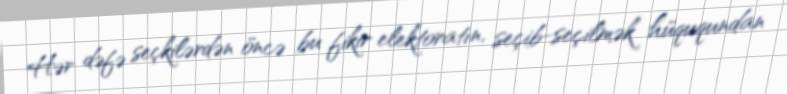
Hər dəfə seçkilərdən öncə bu fikir elektoratın, seçib-seçilmək hüququndan